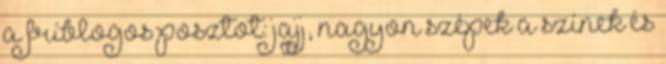
a fríblogos posztot: jajj, nagyon szépek a színek és